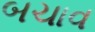
બચાવ